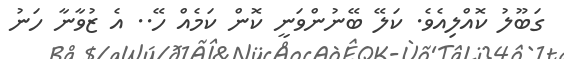
ގަބޫލު ކޮއްލިއެވެ. ކަލޭ ބޭނުންވަނީ ކޮން ކަމެއް ހޭ.. އެ ޒުވާނާ ހަނު